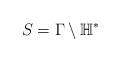
\begin{align*}S=\Gamma\setminus\mathbb{H}^{*}\end{align*}